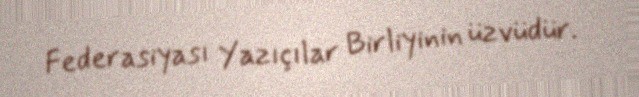
Federasiyası Yazıçılar Birliyinin üzvüdür.